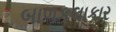
બાળકલાકાર